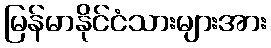
မြန်မာနိုင်ငံသားများအား